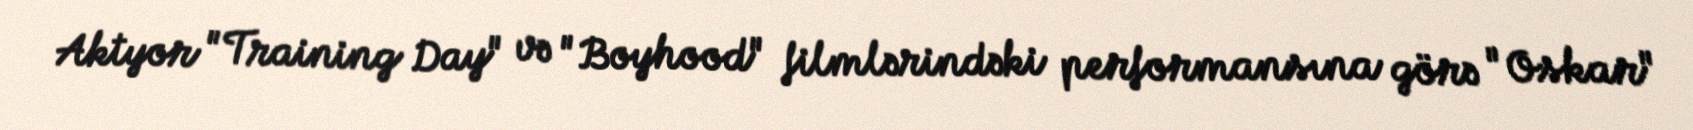
Aktyor "Training Day" və "Boyhood" filmlərindəki performansına görə "Oskar"